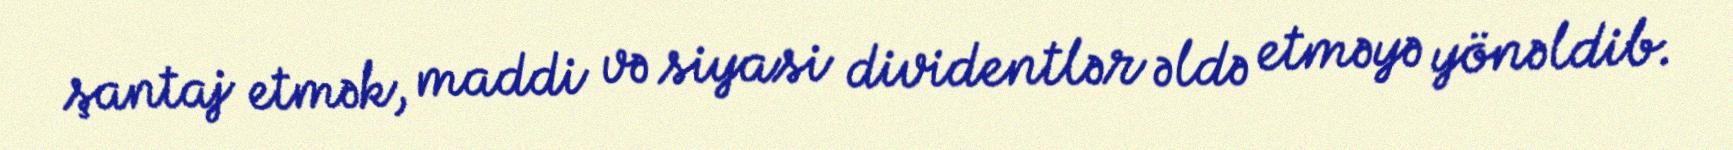
şantaj etmək, maddi və siyasi dividentlər əldə etməyə yönəldib.